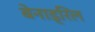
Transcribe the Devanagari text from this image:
बेनाड्रिल